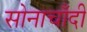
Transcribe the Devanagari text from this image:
सोनाचाँदी